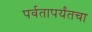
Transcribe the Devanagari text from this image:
पर्वतापर्यंतचा